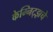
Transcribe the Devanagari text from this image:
केम्निट्झचे